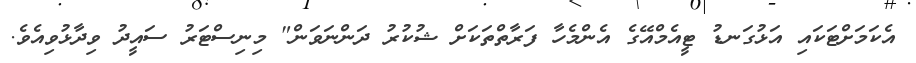
އެކަމަށްޓަކައި އަޅުގަނޑު ޓީއެމްއޭގެ އެންމެހާ ފަރާތްތަކަށް ޝުކުރު ދަންނަވަން" މިނިސްޓަރު ސައީދު ވިދާޅުވިއެވެ.